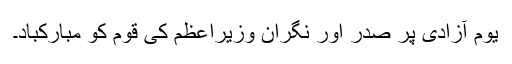
یوم آزادی پر صدر اور نگران وزیراعظم کی قوم کو مبارکباد۔